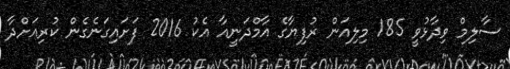
ސާލިމް ވިދާޅުވީ 185 މިލިއަން ރުފިޔާގެ އާމްދަނީއާ އެކު 2016 ފަށައިގަނެގެން ކުރިއަށްދާ